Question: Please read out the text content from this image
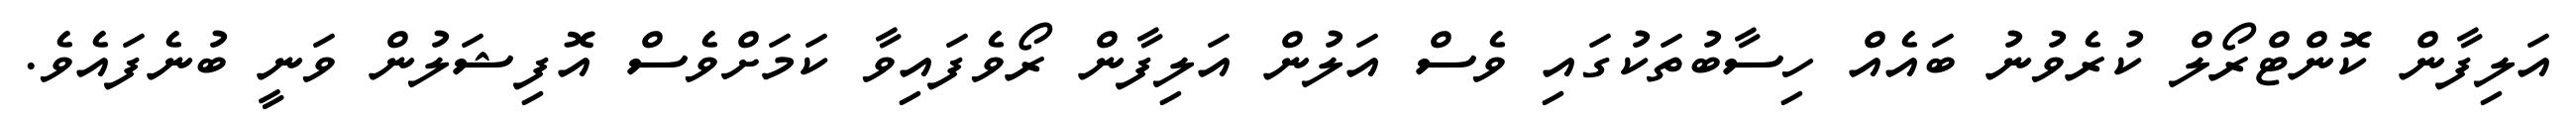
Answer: އަލިފާން ކޮންޓްރޯލް ކުރެވުނު ބައެއް ހިސާބުތަކުގައި ވެސް އަލުން އަލިފާން ރޯވެފައިވާ ކަމަށްވެސް އޮފިޝަލުން ވަނީ ބުނެފައެވެ.